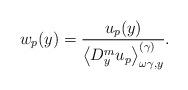
LaTeX: \begin{align*}w_{p}(y)=\frac{u_{p}(y)}{\left\langle D_{y}^{m}u_{p}\right\rangle_{\omega\gamma,y}^{(\gamma)}}. \end{align*}